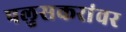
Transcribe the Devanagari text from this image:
पलुसकरांवर